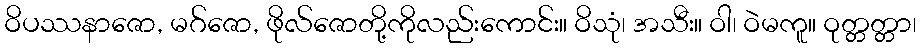
ဝိပဿနာဇော, မဂ်ဇော, ဖိုလ်ဇောတို့ကိုလည်းကောင်း။ ဝိသုံ၊ အသီး။ ဝါ၊ ဝဲမကူ။ ဝုတ္တတ္တာ၊